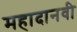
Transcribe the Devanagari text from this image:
महादानवी